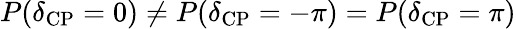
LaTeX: P(\delta_{\mathrm{CP}}=0)\neq P(\delta_{\mathrm{CP}}=-\pi)=P(\delta_{\mathrm{CP}}=\pi)